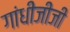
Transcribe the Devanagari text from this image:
गांधीजीजी